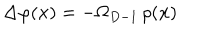
\Delta \varphi ( { \bf x } ) = - \Omega _ { D - 1 } \, \rho ( { \bf x } )